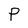
Character: P